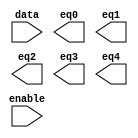
// megafunction wizard: %LPM_DECODE%VBB%
// GENERATION: STANDARD
// VERSION: WM1.0
// MODULE: lpm_decode 

// ============================================================
// Megafunction Name(s):
// 			lpm_decode
// ============================================================
// ************************************************************
// THIS IS A WIZARD-GENERATED FILE. DO NOT EDIT THIS FILE!
//
// 5.0 Build 148 04/26/2005 SJ Web Edition
// ************************************************************

//Copyright (C) 1991-2005 Altera Corporation
//Your use of Altera Corporation's design tools, logic functions 
//and other software and tools, and its AMPP partner logic       
//functions, and any output files any of the foregoing           
//(including device programming or simulation files), and any    
//associated documentation or information are expressly subject  
//to the terms and conditions of the Altera Program License      
//Subscription Agreement, Altera MegaCore Function License       
//Agreement, or other applicable license agreement, including,   
//without limitation, that your use is for the sole purpose of   
//programming logic devices manufactured by Altera and sold by   
//Altera or its authorized distributors.  Please refer to the    
//applicable agreement for further details.

module edecode5 (
	data,
	enable,
	eq0,
	eq1,
	eq2,
	eq3,
	eq4);

	input	[2:0]  data;
	input	  enable;
	output	  eq0;
	output	  eq1;
	output	  eq2;
	output	  eq3;
	output	  eq4;

endmodule

// ============================================================
// CNX file retrieval info
// ============================================================
// Retrieval info: PRIVATE: nBit NUMERIC "3"
// Retrieval info: PRIVATE: EnableInput NUMERIC "1"
// Retrieval info: PRIVATE: BaseDec NUMERIC "1"
// Retrieval info: PRIVATE: eq0 NUMERIC "1"
// Retrieval info: PRIVATE: eq1 NUMERIC "1"
// Retrieval info: PRIVATE: eq2 NUMERIC "1"
// Retrieval info: PRIVATE: eq3 NUMERIC "1"
// Retrieval info: PRIVATE: eq4 NUMERIC "1"
// Retrieval info: PRIVATE: eq5 NUMERIC "0"
// Retrieval info: PRIVATE: eq6 NUMERIC "0"
// Retrieval info: PRIVATE: eq7 NUMERIC "0"
// Retrieval info: PRIVATE: Latency NUMERIC "0"
// Retrieval info: PRIVATE: aclr NUMERIC "0"
// Retrieval info: PRIVATE: clken NUMERIC "0"
// Retrieval info: PRIVATE: LPM_PIPELINE NUMERIC "0"
// Retrieval info: CONSTANT: LPM_WIDTH NUMERIC "3"
// Retrieval info: CONSTANT: LPM_DECODES NUMERIC "8"
// Retrieval info: CONSTANT: LPM_TYPE STRING "LPM_DECODE"
// Retrieval info: USED_PORT: data 0 0 3 0 INPUT NODEFVAL data[2..0]
// Retrieval info: USED_PORT: enable 0 0 0 0 INPUT NODEFVAL enable
// Retrieval info: USED_PORT: eq0 0 0 0 0 OUTPUT NODEFVAL eq0
// Retrieval info: USED_PORT: eq1 0 0 0 0 OUTPUT NODEFVAL eq1
// Retrieval info: USED_PORT: eq2 0 0 0 0 OUTPUT NODEFVAL eq2
// Retrieval info: USED_PORT: eq3 0 0 0 0 OUTPUT NODEFVAL eq3
// Retrieval info: USED_PORT: eq4 0 0 0 0 OUTPUT NODEFVAL eq4
// Retrieval info: USED_PORT: @eq 0 0 LPM_DECODES 0 OUTPUT NODEFVAL @eq[LPM_DECODES-1..0]
// Retrieval info: CONNECT: @data 0 0 3 0 data 0 0 3 0
// Retrieval info: CONNECT: @enable 0 0 0 0 enable 0 0 0 0
// Retrieval info: CONNECT: eq0 0 0 0 0 @eq 0 0 1 0
// Retrieval info: CONNECT: eq1 0 0 0 0 @eq 0 0 1 1
// Retrieval info: CONNECT: eq2 0 0 0 0 @eq 0 0 1 2
// Retrieval info: CONNECT: eq3 0 0 0 0 @eq 0 0 1 3
// Retrieval info: CONNECT: eq4 0 0 0 0 @eq 0 0 1 4
// Retrieval info: LIBRARY: lpm lpm.lpm_components.all
// Retrieval info: GEN_FILE: TYPE_NORMAL edecode5.v TRUE
// Retrieval info: GEN_FILE: TYPE_NORMAL edecode5.inc TRUE
// Retrieval info: GEN_FILE: TYPE_NORMAL edecode5.cmp FALSE
// Retrieval info: GEN_FILE: TYPE_NORMAL edecode5.bsf FALSE
// Retrieval info: GEN_FILE: TYPE_NORMAL edecode5_inst.v FALSE
// Retrieval info: GEN_FILE: TYPE_NORMAL edecode5_bb.v TRUE